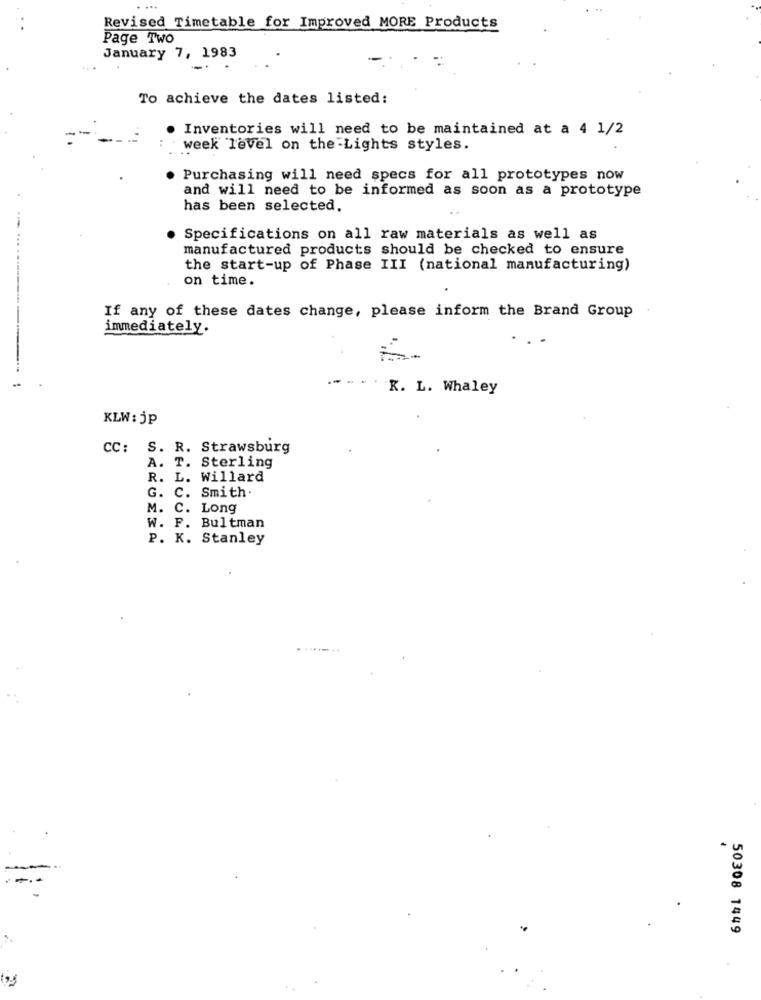
Revised Timetable for Improved MORE Products
Page Two
January 7, 1983
To achieve the dates listed:
Inventories will need to be maintained at a 4 1/2
week level on the Lights styles.
Purchasing will need specs for all prototypes now
and will need to be informed as soon as a prototype
has been selected.
Specifications on all raw materials as well as
manufactured products should be checked to ensure
the start-up of Phase III (national manufacturing)
on time.
If any of these dates change, please inform the Brand Group
immediately.
K. L. Whaley
KLW: jp
CC: S. R. Strawsburg
A. T. Sterling
R. L. Willard
G. C. Smith.
M. C. Long
W. F. Bultman
P. K. Stanley
50308 1449